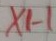
Text: X1-1